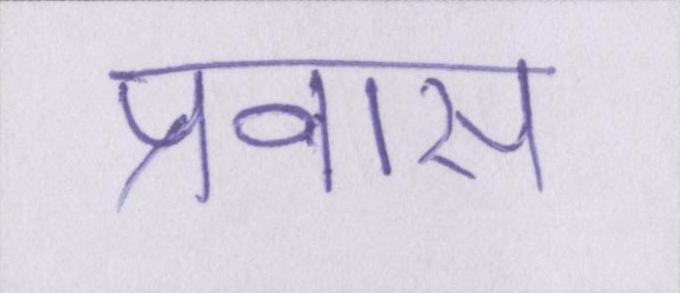
प्रवास